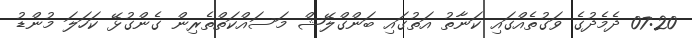
07:20 ދެމެދުގެ ވަގުތެއްގައި ކަނާތު އަތުގައި ބަންގްލޭޝް މަސައްކަތްތެރިން ގެންގުޅޭ ކަހަލަ މުންޑު